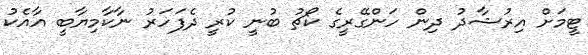
ޓީމަށް އިރުޝާދު ދިން ހަންގޭރީގެ ކޯޗު ބުނީ ކުރީ ދެފަހަރު ނާކާމިޔާބީ އާއެކު